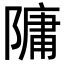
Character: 䧡